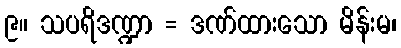
၉။ သပရိဒဏ္ဍာ = ဒဏ်ထားသော မိန်းမ၊